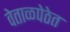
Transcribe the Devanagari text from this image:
वेताळपेठेत